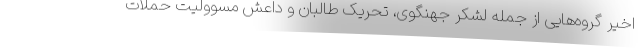
اخیر گروه‌هایی از جمله لشکر جهنگوی، تحریک طالبان و داعش مسوولیت حملات